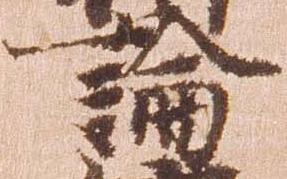
論